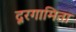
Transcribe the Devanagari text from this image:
दूरगामिता